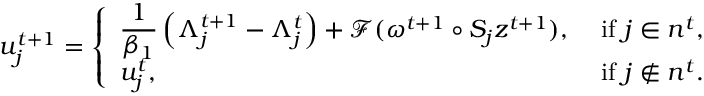
\begin{array} { r } { u _ { j } ^ { t + 1 } = \left\{ \begin{array} { l l } { \displaystyle \frac { 1 } { \beta _ { 1 } } \left( \Lambda _ { j } ^ { t + 1 } - \Lambda _ { j } ^ { t } \right) + \mathcal { F } ( \omega ^ { t + 1 } \circ S _ { j } z ^ { t + 1 } ) , } & { \mathrm { ~ i f ~ } j \in n ^ { t } , } \\ { u _ { j } ^ { t } , } & { \mathrm { ~ i f ~ } j \not \in n ^ { t } . } \end{array} \right. } \end{array}